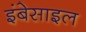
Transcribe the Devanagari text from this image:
इंबेसाइल